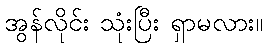
အွန်လိုင်း သုံးပြီး ရှာမလား။